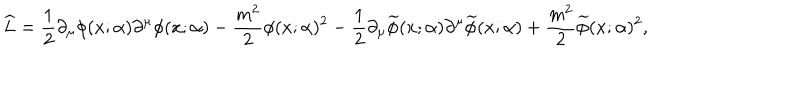
\widehat { L } = \frac { 1 } { 2 } \partial _ { \mu } \phi ( x ; \alpha ) \partial ^ { \mu } \phi ( x ; \alpha ) - \frac { m ^ { 2 } } { 2 } \phi ( x ; \alpha ) ^ { 2 } - \frac { 1 } { 2 } \partial _ { \mu } \widetilde { \phi } ( x ; \alpha ) \partial ^ { \mu } \widetilde { \phi } ( x ; \alpha ) + \frac { m ^ { 2 } } { 2 } \widetilde { \phi } ( x ; \alpha ) ^ { 2 } ,